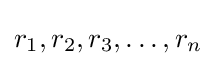
r_{1},r_{2},r_{3},\dots ,r_{n}